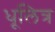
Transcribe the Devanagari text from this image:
धूलित्र